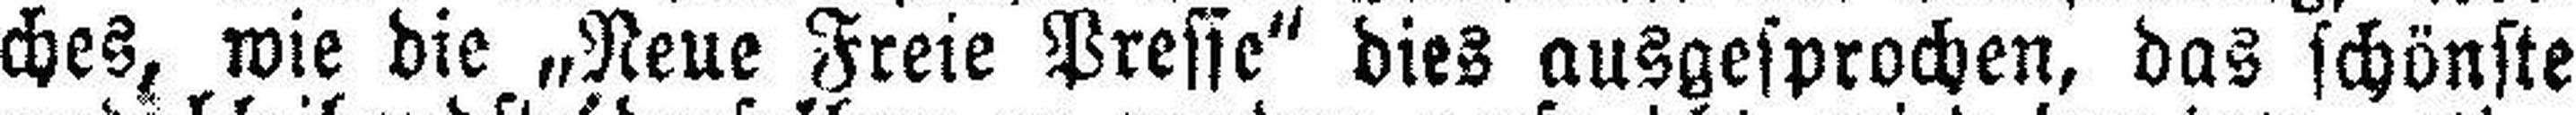
ches, wie die „Neue Freie Presse“ dies ausgesprochen, das schönste